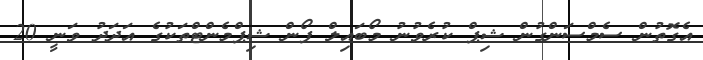
އެގޮތުން ސެމްސަންގުން ޝިޕް ކުރެވުނު މޯބައިލް ފޯން ޝިޕްމެންޓްތަކުގެ އަދަދު ވަނީ 20